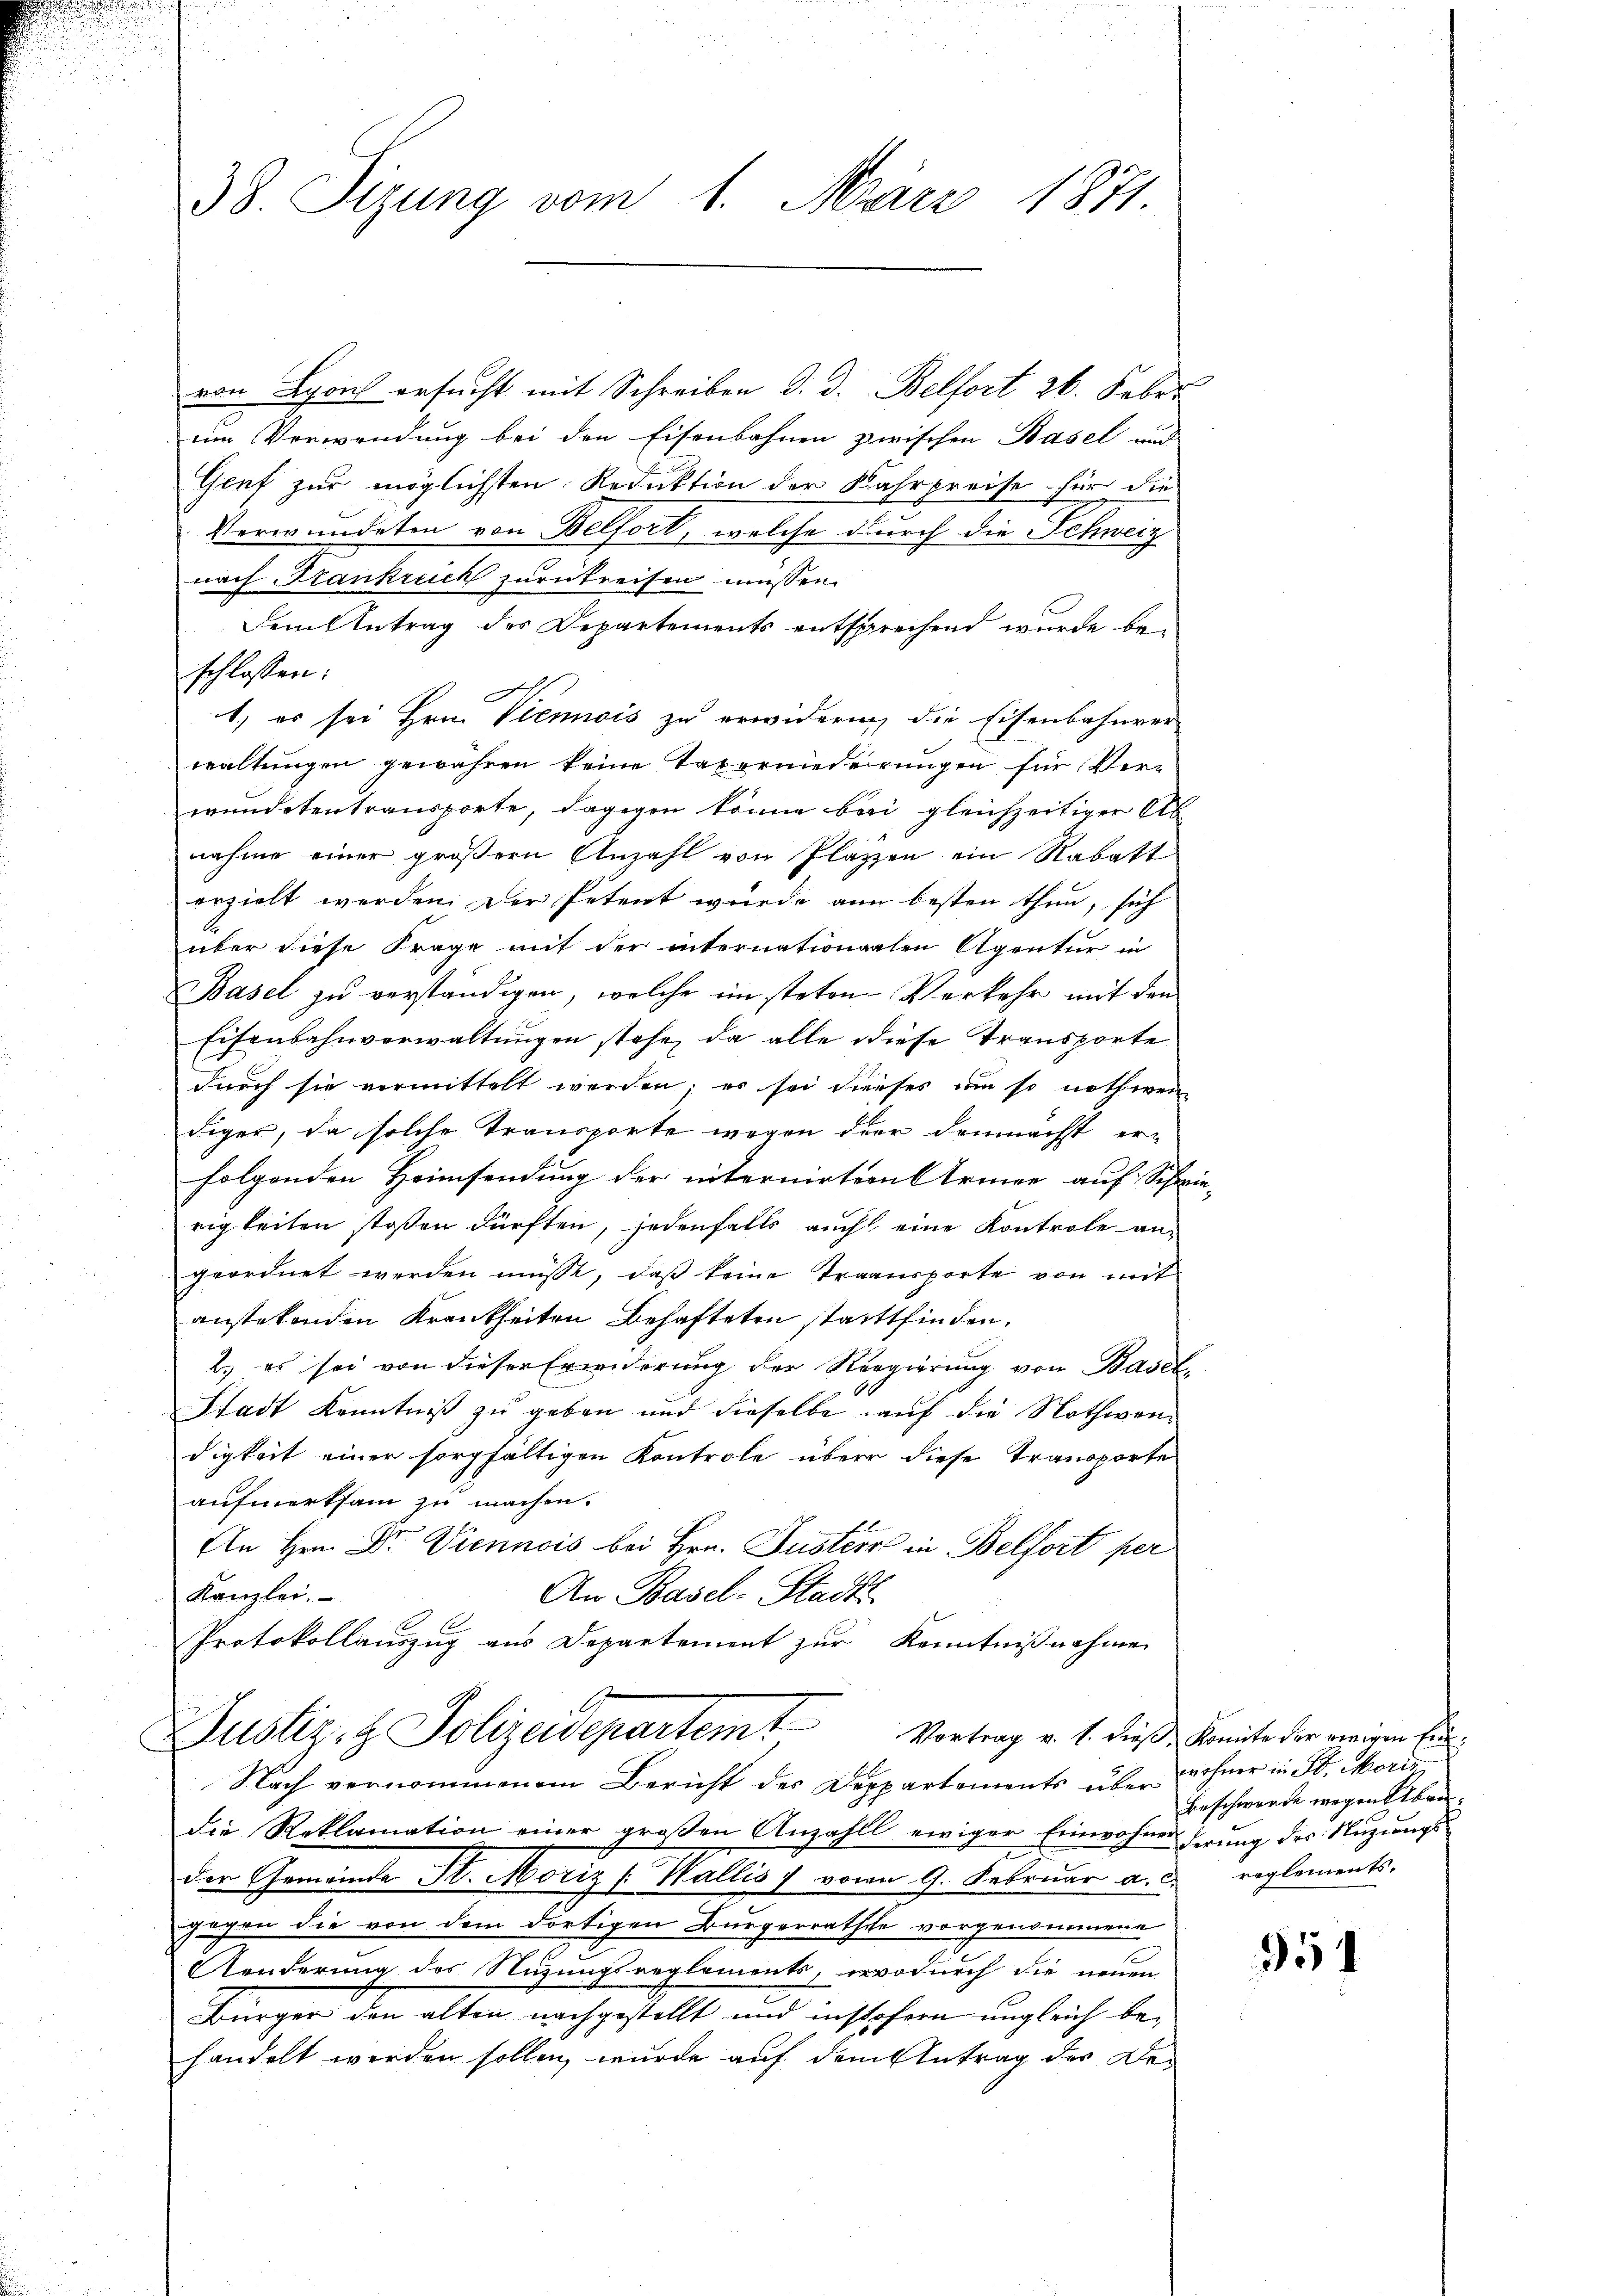
38. Sizung vom 1. März 1871.

von Lyon ersucht mit Schreiben d. d. Belfort 26. Feber
em Verwendung bei den Eisenbahnen zwischen Basel und
Genf zur möglichsten Reduktion der Kahrpreise für die
Verwundeten von Belfort, welche durch die Schweiz
nach Krankreich zurückreisen müssen.
Dem Antrag des Departements entsprechend wurde bei
schlossen:
d
1) es sei Hrn. Viemois zu erwidern, die Eisenbahnver-
waltungen gewähren keine Taxorniederungen für Ver-
mündeten transporte, dagegen könne bei gleichzeitiger Ab
nahme einer größern Anzahl von Platzen ein Rabatt
erzielt werden. Der Petent wurde ann besten thun, sich
über diese Frage mit der internationalen Agentur in
Basel zu verständigen, welche im steten Verkehr mit den
Eisenbahnverwaltungen stehe, da alle diese Transporte
durch sie vermittelt werden; er sei dieses um so nothwen
diger, da solche Transporte wegen der demnächst erfolgenden Heimsendung der internirtern Armee auf Schr
rigkeiten stoßen dürften, jedenfalls auch eine Kontrole angeordnet werden müsse, daß keine Traansporte von mit
anstetenden Krankheiten Behafteten stattfinden.
2.) es sei von dieser Erinderung der Regierung von Basel¬
Stadt Kenntniß zu geben und dieselbe auf die Nothwendigkeit einer sorgfältigen Kontrole über diese Transporte
aufmerksam zu machen.
An Hrn. Dr. Viennois bei Hrn. Puster in Belfort per
Kanzlei.
An Basel-Stadt
Protokollauszug aus Departement zur Kenntnißnahmen
Justiz- & Polizeidepartem Vortrag v. 1. dieß Komite der einigen Ein¬
Nach vernommenem Bericht des Deppartements über wohner in St. Marie
die Reklamation einer großen Anzahll ewiger Einwohnederung des Nuzungsder Gemeinde St. Moriz [Wallis 1 vom 9. Februar a. d. reglements.
gegen die von dem dortigen Bürgerrathe vorgenommene
Aenderung des Nuzungsreglements, erwodurch die neuen
Bürger den alten nachgestellt und insofern ungleich behandelt werden sollen, wurde auf dem Antrag der De¬

Beschwerde wegen Abru¬

2

351